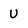
Character: U